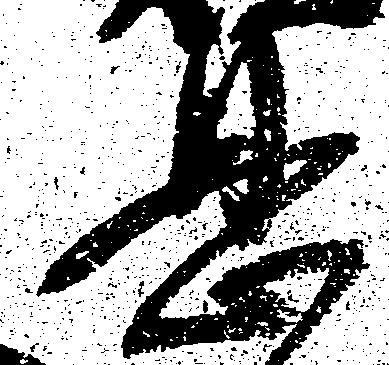
息